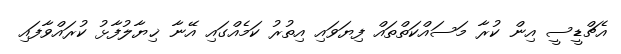
އެޗްޑީސީ އިން ކުރާ މަސައްކަތްތައް ފިޔަވައި އިތުރު ކަމެއްގައި އޭނާ ޚިޔާލުފާޅު ކުރައްވާފައި